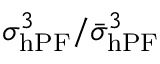
\sigma _ { \mathrm { h P F } } ^ { 3 } / \bar { \sigma } _ { \mathrm { h P F } } ^ { 3 }